Vaccination in the Punjab 1897-1904 - 1897-1904
Year: 1897
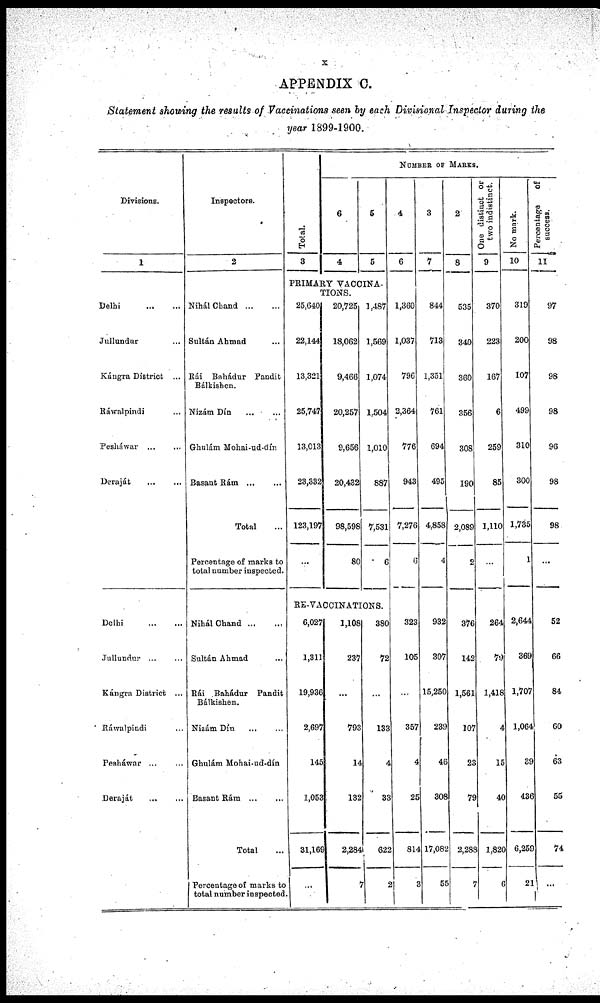
x
APPENDIX C.
Statement showing the results of Vaccinations seen by each Divisional Inspector during the
year 1899-1900.
Divisions.
1
Delhi
...
...
Jullundur ...
Kángra District ...
Ráwalpindi ...
Pesháwar ... ...
Deraját
...
...
Delhi
...
...
Jullundur ... ...
Kángra District ...
Ráwalpindi ...
Pesháwar ... ...
Deraját ... ...
Inspectors.
2
Nihál Chand
...
...
Sultán Ahmad ...
Rái Bahádur Pandit
Balkishen.
Nizám Dín ... ...
Ghulám Mohai-ud-dín
Basant Rám ... ...
Total ...
Percentage of marks to
total number inspected.
Nihal Chand
...
...
Sultán Ahmad ...
Rái Bahádur Pandit
Bálkishen.
Nizám Dín
...
...
Ghulám Mohai-ud-dín
Basant Rám ... ...
Total ...
Percentage of marks to
total number inspected.
Total.
3
NUMBER OF MARKS.
6
4
5
5
PRIMARY VACCINA-
TIONS.
25,640
22,144
13,321
25,747
13,013
23,332
123,197
...
20,725
18,062
9,466
20,257
9,656
20,432
98,598
80
1,487
1,569
1,074
l,504
1,010
887
7,531
6
RE-VACCINATIONS.
6,027
1,311
19,936
2,697
145
1,053
31,169
...
1,108
237
...
793
14
132
2,284
7
380
72
...
133
4
33
622
2
4
6
1,360
1,037
796
2,364
776
943
7,276
6
323
105
...
357
4
25
814
3
3
7
844
713
1,351
761
694
495
4,858
4
932
307
15,250
239
46
308
17,082
55
2
8
535
340
360
356
308
190
2,089
2
376
142
1,561
107
23
79
2,288
7
One district or
two indistinct.
9
370
223
167
6
259
85
1,110
...
264
79
1,418
4
15
40
1,820
6
No mark.
10
319
200
107
499
310
300
1,735
1
2,644
369
1,707
1,064
39
436
6,259
21
Percentage
of
success.
11
97
98
98
98
96
98
98
...
52
66
84
60
63
55
74
...